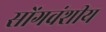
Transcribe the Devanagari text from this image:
सोंगवंशीय